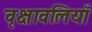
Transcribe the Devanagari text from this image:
वृक्षावलियाँ